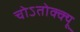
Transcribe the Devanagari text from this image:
चोऽतोक्क्यू